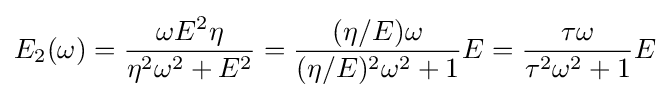
E_{2}(\omega )={\frac {\omega E^{2}\eta }{\eta ^{2}\omega ^{2}+E^{2}}}={\frac {(\eta /E)\omega }{(\eta /E)^{2}\omega ^{2}+1}}E={\frac {\tau \omega }{\tau ^{2}\omega ^{2}+1}}E